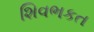
શિવભકત